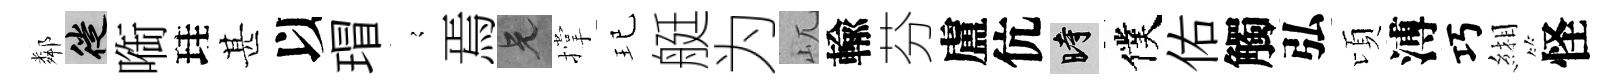
鄰徙㗸珪甚以瑁𡪹焉兄撑玘艇为屼輸芬盧伉时僕佑觸弘頃溥巧緗怪